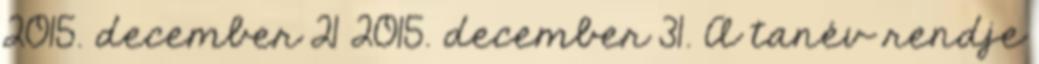
2015. december 21 2015. december 31. A tanév rendje